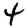
Digit: 4